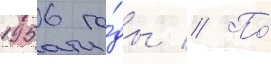
1956 го́ды // По́